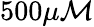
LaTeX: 500\mu\mathcal{M}